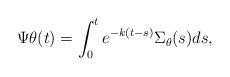
LaTeX: \begin{align*}\Psi\theta(t)= \int_0^t e^{-k(t-s)}\Sigma_\theta(s) ds,\end{align*}